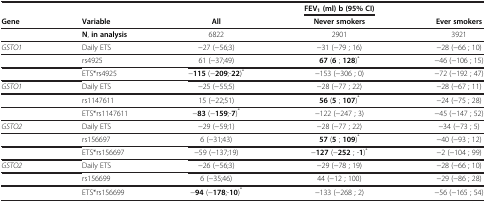
<table><thead><tr><td colspan="3"><b> </b></td><td><b>FEV<sub>1 </sub>(ml) b (95% CI)</b></td><td><b> </b></td></tr><tr><td><b>Gene</b></td><td><b>Variable</b></td><td><b>All</b></td><td><b>Never smokers</b></td><td><b>Ever smokers</b></td></tr></thead><tbody><tr><td> </td><td><b>N</b>, <b>in analysis</b></td><td>6822</td><td>2901</td><td>3921</td></tr><tr><td><i>GSTO1</i></td><td>Daily ETS</td><td>−27 (−56;3)</td><td>−31 (−79 ; 16)</td><td>−28 (−66 ; 10)</td></tr><tr><td> </td><td>rs4925</td><td>61 (−37;49)</td><td><b>67</b> (<b>6</b> ; <b>128</b>)<sup>*</sup></td><td>−46 (−106 ; 15)</td></tr><tr><td> </td><td>ETS*rs4925</td><td>−<b>115</b> (−<b>209</b>;-<b>22</b>)<sup>*</sup></td><td>−153 (−306 ; 0)</td><td>−72 (−192 ; 47)</td></tr><tr><td><i>GSTO1</i></td><td>Daily ETS</td><td>−25 (−55;5)</td><td>−28 (−77 ; 22)</td><td>−28 (−67 ; 11)</td></tr><tr><td> </td><td>rs1147611</td><td>15 (−22;51)</td><td><b>56</b> (<b>5</b> ; <b>107</b>)<sup>*</sup></td><td>−24 (−75 ; 28)</td></tr><tr><td> </td><td>ETS*rs1147611</td><td>−<b>83</b> (−<b>159</b>;-<b>7</b>)<sup>*</sup></td><td>−122 (−247 ; 3)</td><td>−45 (−147 ; 52)</td></tr><tr><td><i>GSTO2</i></td><td>Daily ETS</td><td>−29 (−59;1)</td><td>−28 (−77 ; 22)</td><td>−34 (−73 ; 5)</td></tr><tr><td> </td><td>rs156697</td><td>6 (−31;43)</td><td><b>57</b> (<b>5</b> ; <b>109</b>)<sup>*</sup></td><td>−40 (−93 ; 12)</td></tr><tr><td> </td><td>ETS*rs156697</td><td>−59 (−137;19)</td><td>−<b>127</b> (−<b>252</b> ; -<b>1</b>)<sup>*</sup></td><td>−2 (−104 ; 99)</td></tr><tr><td><i>GSTO2</i></td><td>Daily ETS</td><td>−26 (−56;3)</td><td>−29 (−78 ; 19)</td><td>−28 (−66 ; 10)</td></tr><tr><td> </td><td>rs156699</td><td>6 (−35;46)</td><td>44 (−12 ; 100)</td><td>−29 (−86 ; 28)</td></tr><tr><td> </td><td>ETS*rs156699</td><td>−<b>94</b> (−<b>178</b>;-<b>10</b>)<sup>*</sup></td><td>−133 (−268 ; 2)</td><td>−56 (−165 ; 54)</td></tr></tbody></table>